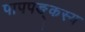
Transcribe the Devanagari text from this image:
पापपङ्कस्य